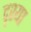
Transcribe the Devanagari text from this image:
दृश्या